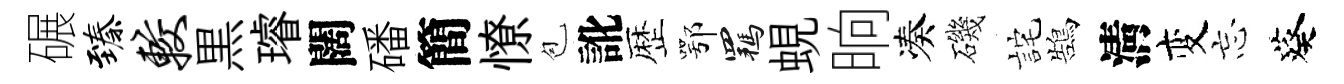
碾臻较黒璿闊磻簡憭苞訛歴鄂羈蜆晌凑磯詫鵠淸变忘葵